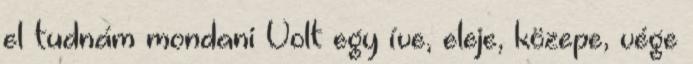
el tudnám mondani Volt egy íve, eleje, közepe, vége